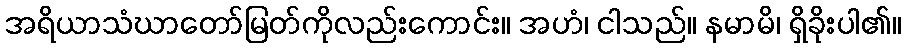
အရိယာသံဃာတော်မြတ်ကိုလည်းကောင်း။ အဟံ၊ ငါသည်။ နမာမိ၊ ရှိခိုးပါ၏။